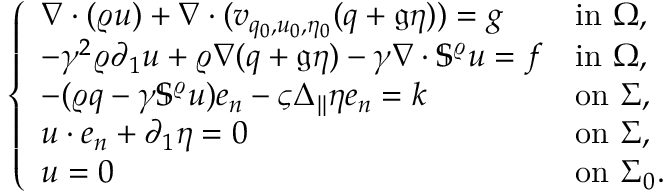
\left\{ \begin{array} { l l } { \nabla \cdot ( \varrho u ) + \nabla \cdot ( v _ { q _ { 0 } , u _ { 0 } , \eta _ { 0 } } ( q + \mathfrak { g } \eta ) ) = g } & { \mathrm { i n ~ } \Omega , } \\ { - \gamma ^ { 2 } \varrho \partial _ { 1 } u + \varrho \nabla ( q + \mathfrak { g } \eta ) - \gamma \nabla \cdot \mathbb { S } ^ { \varrho } u = f } & { \mathrm { i n ~ } \Omega , } \\ { - ( \varrho q - \gamma \mathbb { S } ^ { \varrho } u ) e _ { n } - \varsigma \Delta _ { \| } \eta e _ { n } = k } & { \mathrm { o n ~ } \Sigma , } \\ { u \cdot e _ { n } + \partial _ { 1 } \eta = 0 } & { \mathrm { o n ~ } \Sigma , } \\ { u = 0 } & { \mathrm { o n ~ } \Sigma _ { 0 } . } \end{array} \right.